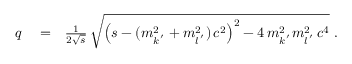
\begin{array} { r l r } { q } & { { } = } & { \frac { 1 } { 2 \sqrt { s } } \, \sqrt { \left( s - ( m _ { k ^ { \, ^ { \prime } } } ^ { 2 } + m _ { l ^ { \, ^ { \prime } } } ^ { 2 } ) \, c ^ { 2 } \right) ^ { 2 } - 4 \, m _ { k ^ { \, ^ { \prime } } } ^ { 2 } m _ { l ^ { \, ^ { \prime } } } ^ { 2 } \, c ^ { 4 } } \; . } \end{array}